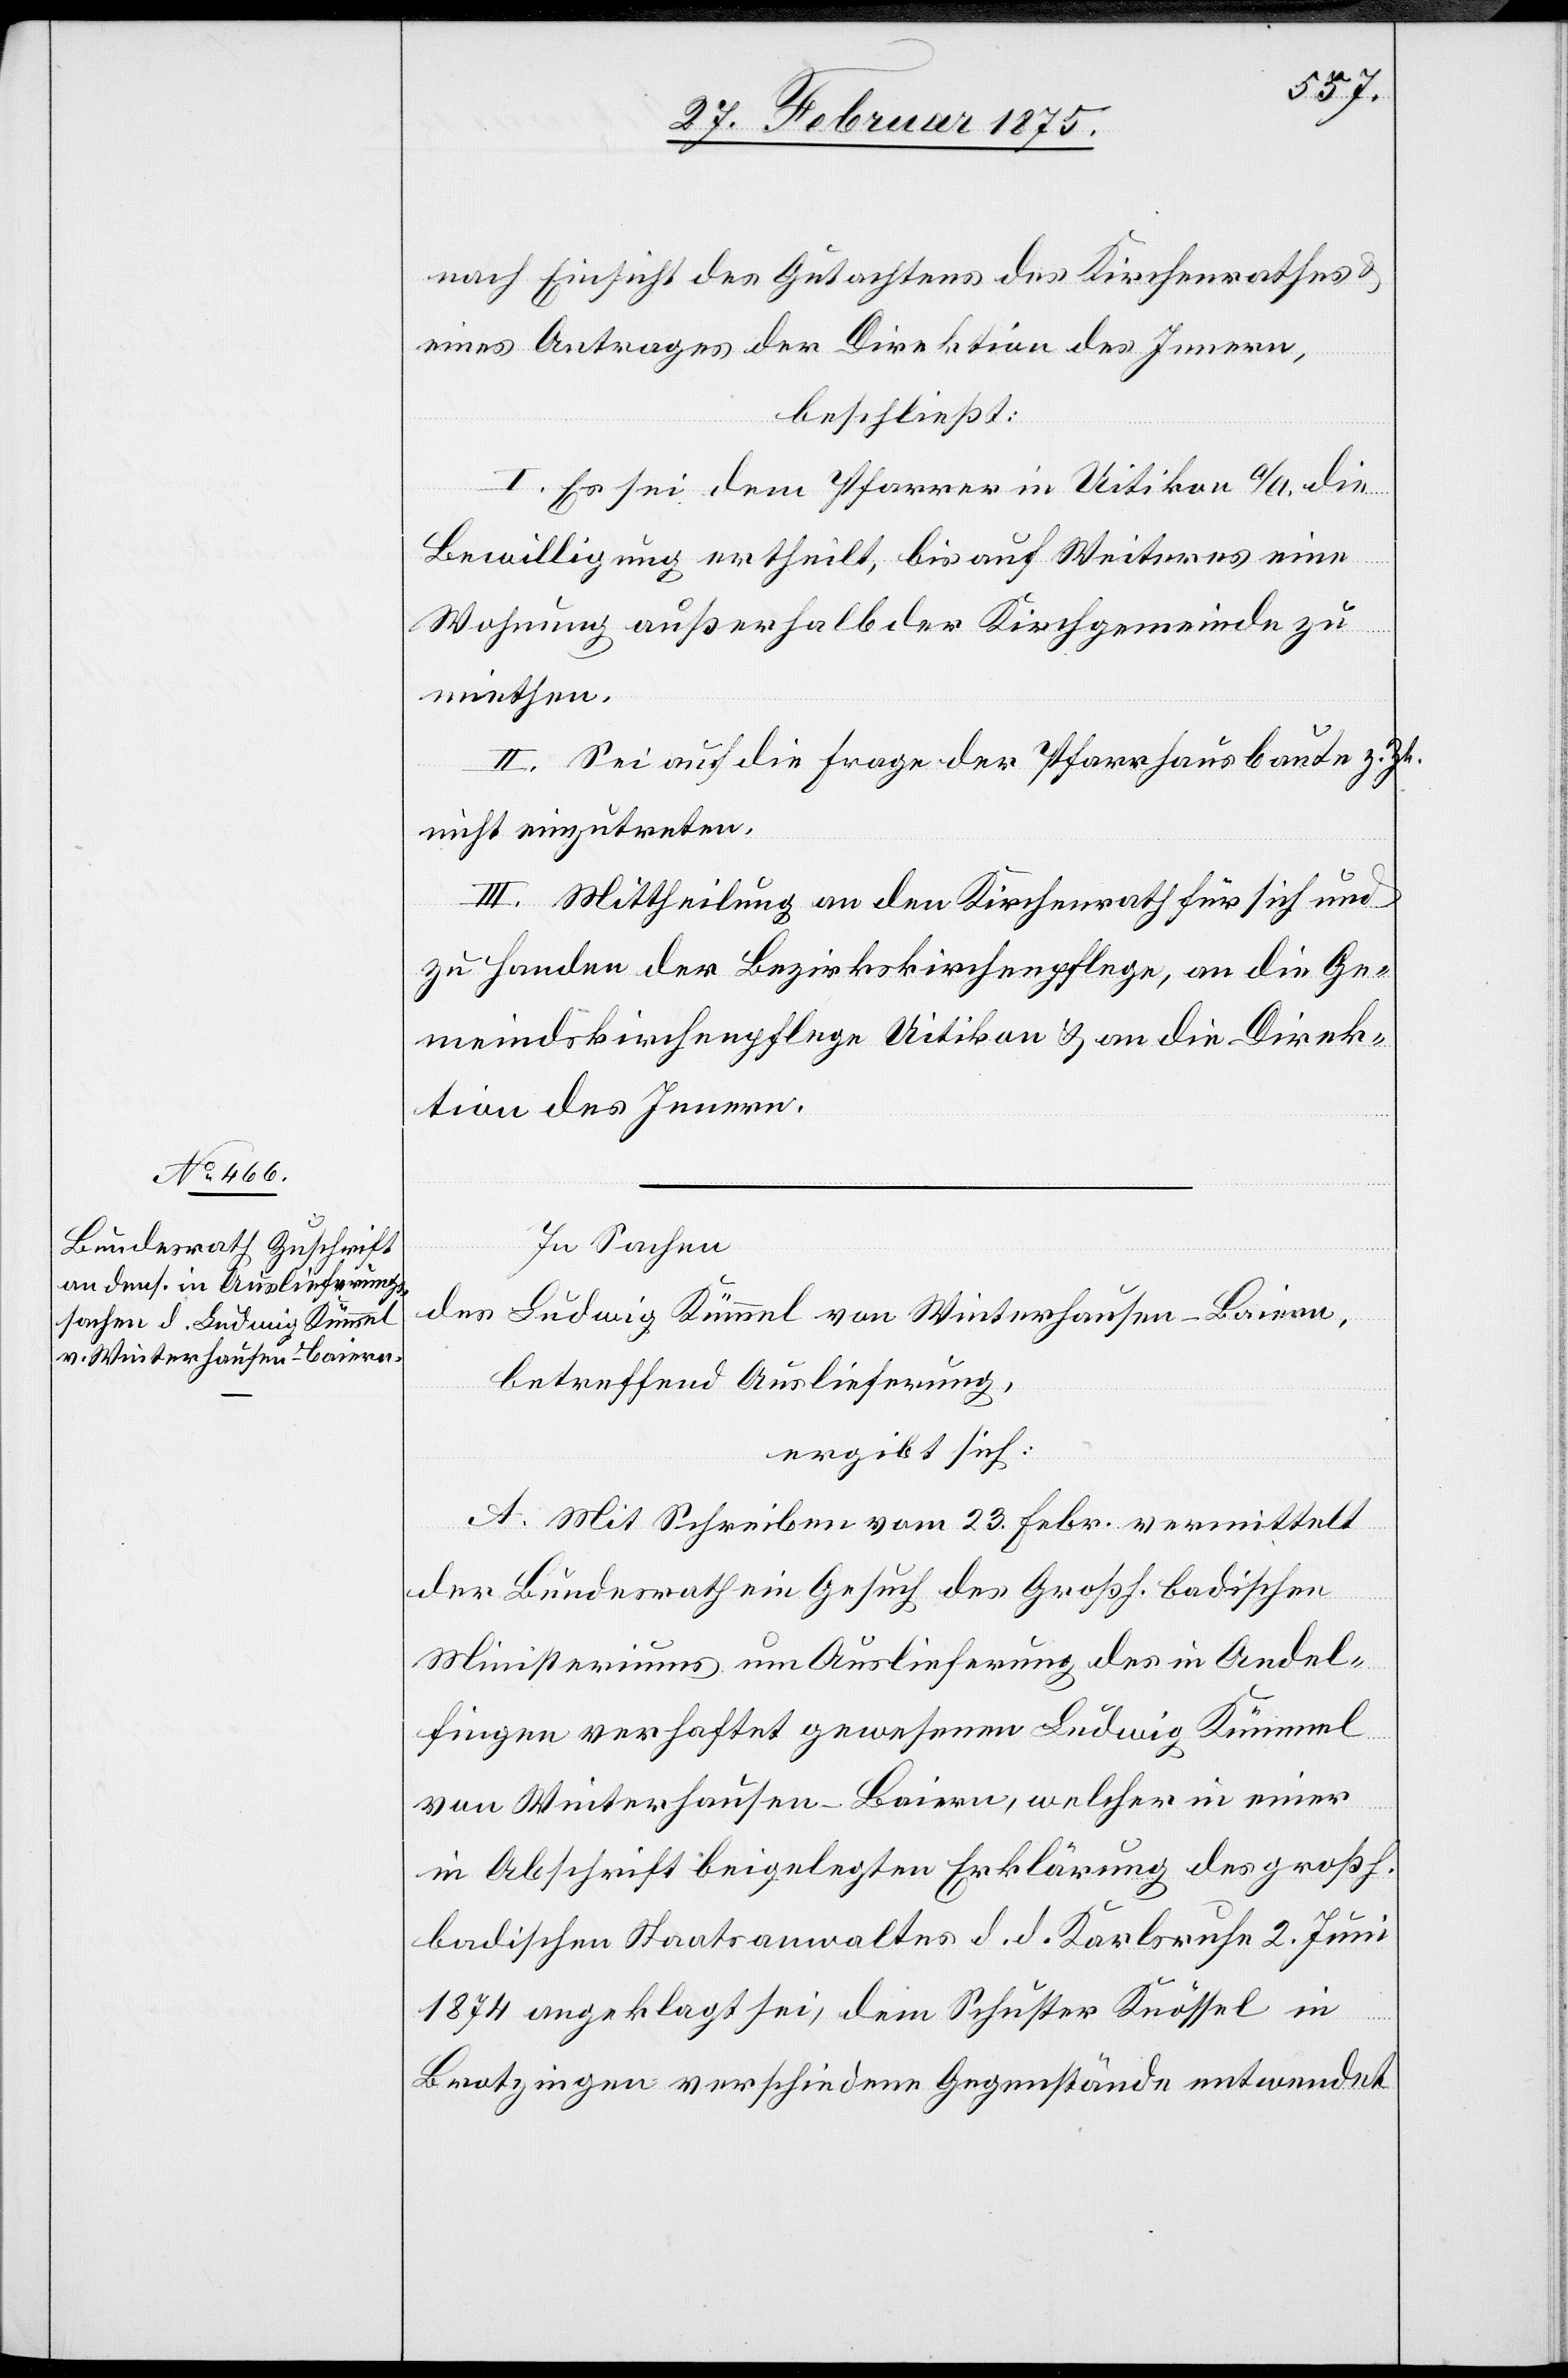
nach Einsicht des Gutachtens des Kirchenrathe u.
eines Antrages der Direktion des Innern,
beschließt:
I. Es sei dem Pfarrer in Uitikon a/A. die
Bewilligung ertheilt, bis auf Weiteres eine
Wohnung außerhalb der Kirchgemeinde zu
miethen.
II. Sei auf die Frage der Pfarrhausbaute z. Zt.
nicht einzutreten.
III. Mittheilung an den Kirchenrath für sich und
zu Handen der Bezirkskirchenpflege, an die Ge¬
meindskirchenpflege Uitikon u. an die Direk¬
tion des Innern.
In Sachen
des Ludwig Kümmel von Winterhausen-Baiern,
betreffend Auslieferung,
ergibt sich:
A. Mit Schreiben vom 23. Febr. vermittelt
der Bundesrath ein Gesuch des Großh. badischen
Ministeriums um Auslieferung des in Andel¬
fingen verhaftet gewesenen Ludwig Kümmel
von Winterhausen-Baiern, welcher in einer
in Abschrift beigelegten Erklärung des großh.
badischen Staatsanwaltes d. d. Karlsruhe 2. Juni
1874 angeklagt sei, dem Schuster Knössel in
Brotzingen verschiedene Gegenstände entwendet